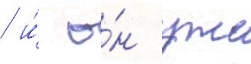
/ и́ о́н уже